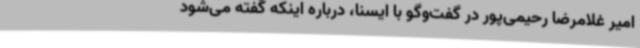
امیر غلامرضا رحیمی‌پور در گفت‌وگو با ایسنا، درباره اینکه گفته می‌شود